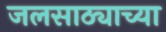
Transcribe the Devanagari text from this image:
जलसाठ्याच्या